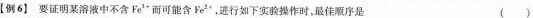
【例6】要证明某溶液中不含Fe^{3+}而可能含Fe^{2+}，进行如下实验操作时，最佳顺序是 ()